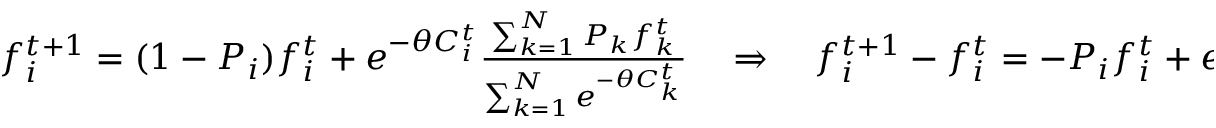
\begin{array} { r } { f _ { i } ^ { t + 1 } = ( 1 - P _ { i } ) f _ { i } ^ { t } + e ^ { - \theta C _ { i } ^ { t } } \frac { \sum _ { k = 1 } ^ { N } P _ { k } f _ { k } ^ { t } } { \sum _ { k = 1 } ^ { N } e ^ { - \theta C _ { k } ^ { t } } } \ \ \ \Rightarrow \ \ \ f _ { i } ^ { t + 1 } - f _ { i } ^ { t } = - P _ { i } f _ { i } ^ { t } + e ^ { - \theta C _ { i } ^ { t } } \frac { \sum _ { k = 1 } ^ { N } P _ { k } f _ { k } ^ { t } } { \sum _ { k = 1 } ^ { N } e ^ { - \theta C _ { k } ^ { t } } } . } \end{array}